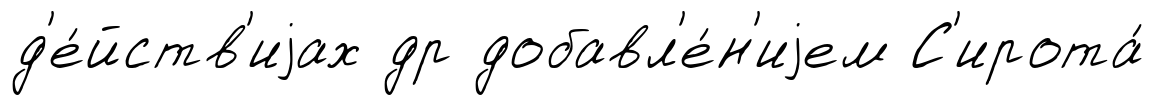
д'е́йств'иjах др добавл'е́н'иjем С'ирота́